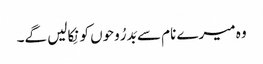
وہ میرے نام سے بَدرُوحوں کو نِکالیں گے۔